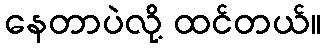
နေတာပဲလို့ ထင်တယ်။